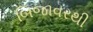
બિજાવરથી